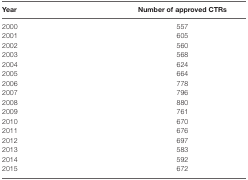
| Year | Number of approved CTRs |
 | --- | --- |
 | 2000 | 557 |
 | 2001 | 605 |
 | 2002 | 560 |
 | 2003 | 568 |
 | 2004 | 624 |
 | 2005 | 664 |
 | 2006 | 778 |
 | 2007 | 796 |
 | 2008 | 880 |
 | 2009 | 761 |
 | 2010 | 670 |
 | 2011 | 676 |
 | 2012 | 697 |
 | 2013 | 583 |
 | 2014 | 592 |
 | 2015 | 672 |